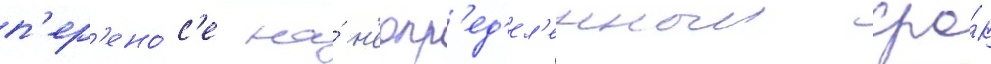
п'ер'ено́с'е на́ н'еопр'ед'ел'енныи сро́к